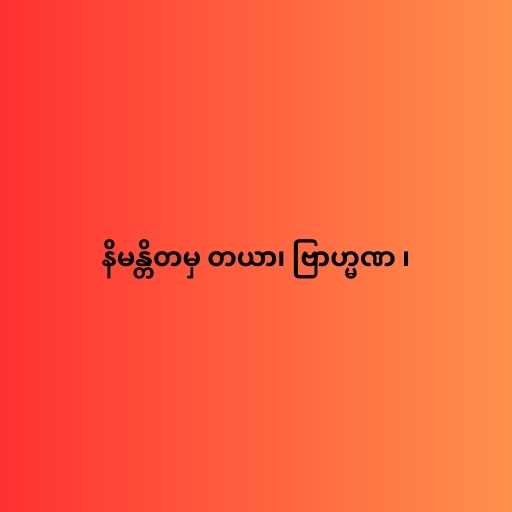
နိမန္တိတမှ တယာ၊ ဗြာဟ္မဏ ၊